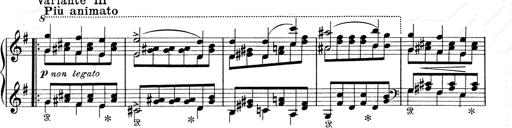
Title: 6 Polish Songs
Composer: Franz Liszt